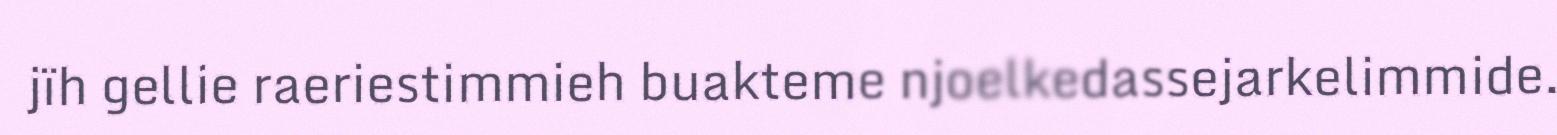
jïh gellie raeriestimmieh buakteme njoelkedassejarkelimmide.